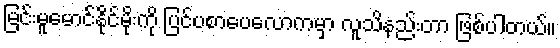
မြင်းမူမောင်နိုင်မိုးကို ပြင်ပစာပေလောကမှာ လူသိနည်းတာ ဖြစ်ပါတယ်။